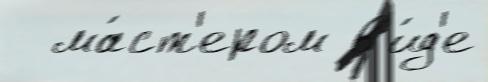
  ма́ст'ером в'и́д'е